Annual report of the Punjab Veterinary College and of the Civil Veterinary Department, Punjab - 1926-1932
Year: 1926
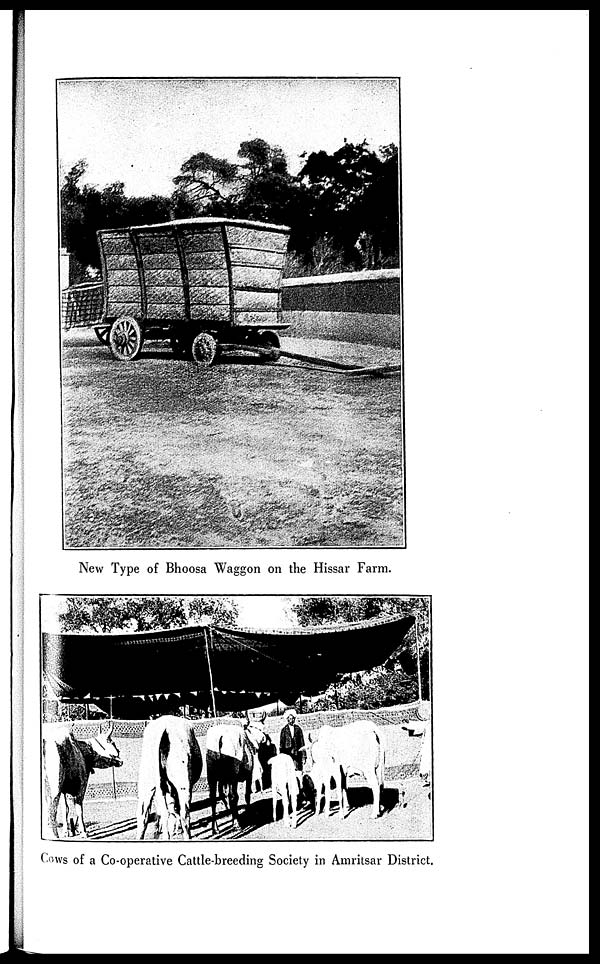
New Type of Bhoosa Waggon on the Hissar Farm.
Cows of a Co-operative Cattle-breeding Society in Amritsar District.